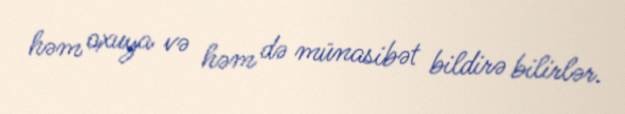
həm oxuya və həm də münasibət bildirə bilirlər.